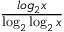
\frac { l o g _ { 2 } { x } } { \log _ { 2 } \log _ { 2 } { x } }